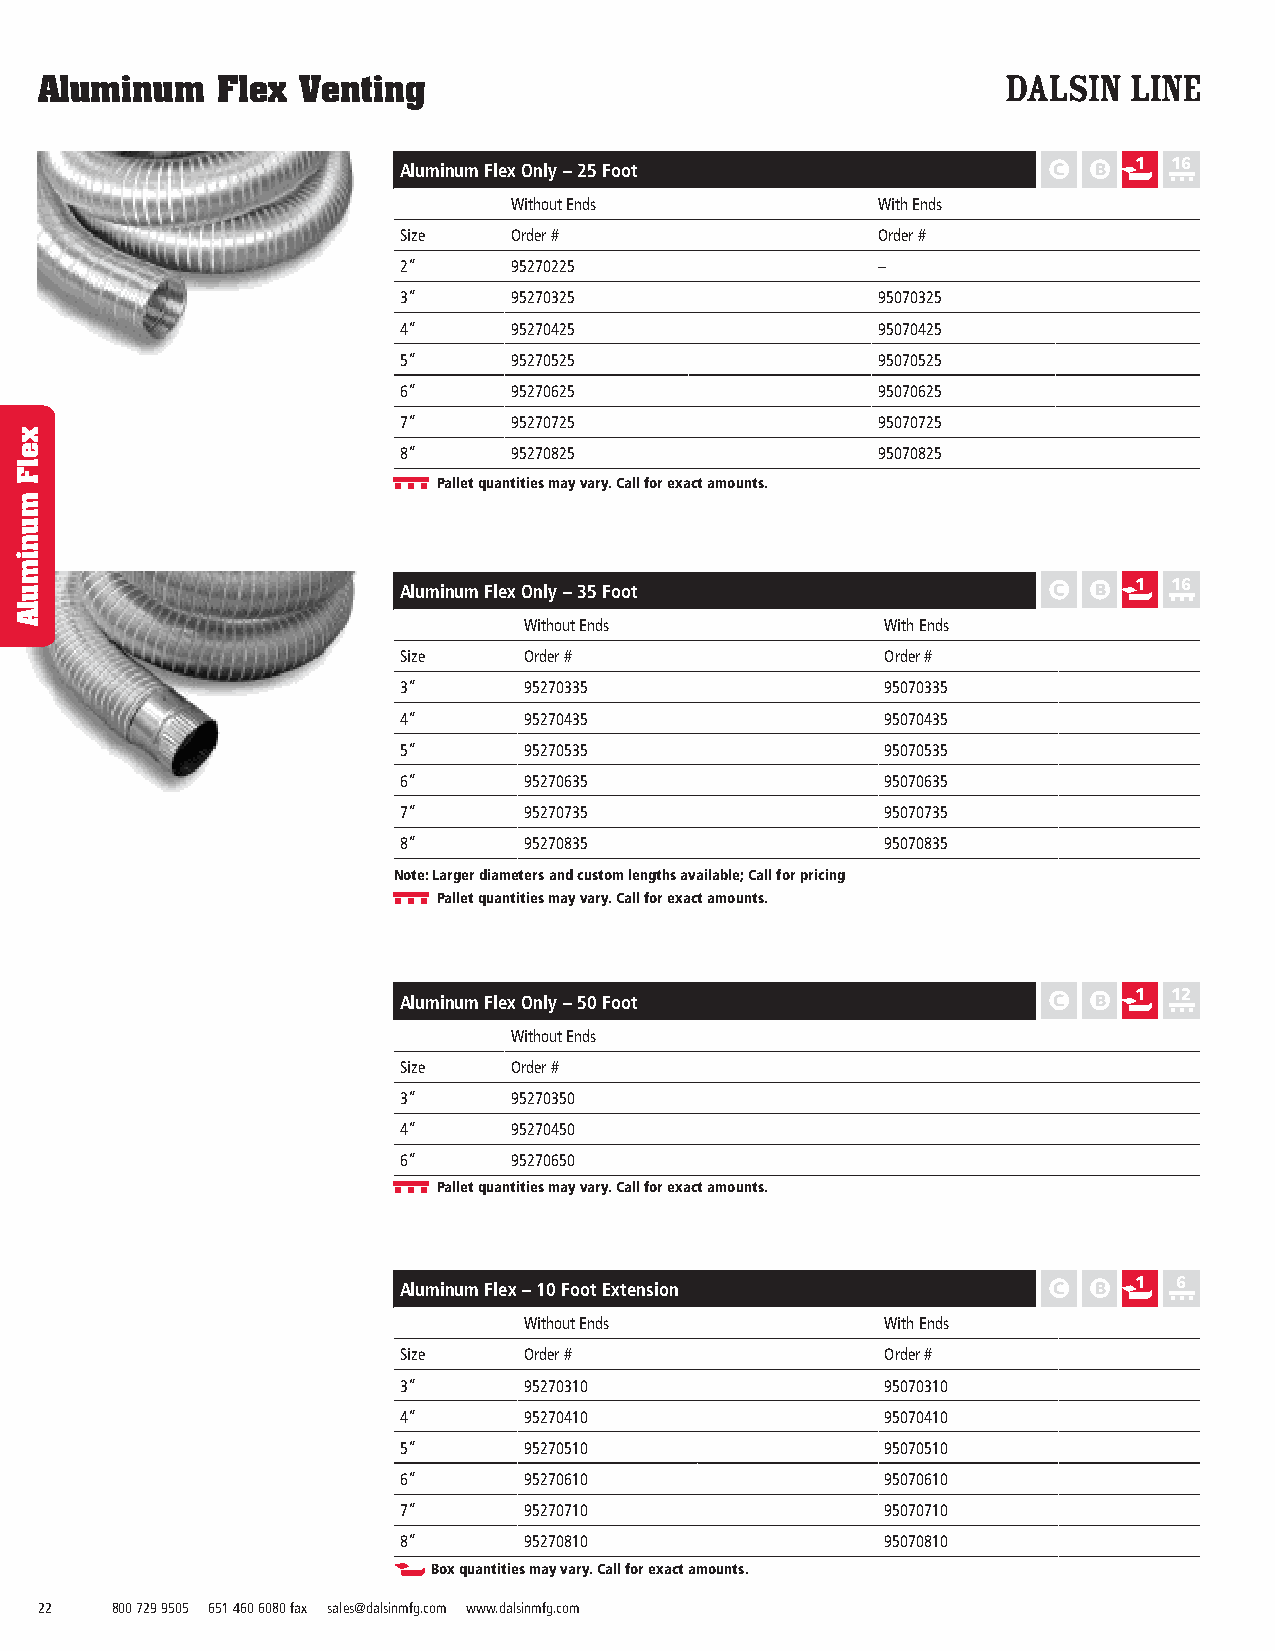
Aluminum    Flex  Venting
 Aluminum Flex Only – 25 Foot                     1  16
 Without Ends            With Ends
 Size    Order #                 Order #
 2”      95270225                –
 3”      95270325                95070325
 4”      95270425                95070425
 5”      95270525                95070525
 6”      95270625                95070625
 7”      95270725                95070725
 8”      95270825                95070825
 Pallet quantities may vary. Call for exact amounts.
 1  16
 Aluminum Flex Only – 35 Foot
 Without Ends            With Ends
 Size     Order #                 Order #
 3”       95270335                95070335
 4”       95270435                95070435
 5”       95270535                95070535
 6”       95270635                95070635
 7”       95270735                95070735
 8”       95270835                95070835
 Note: Larger diameters and custom lengths available; Call for pricing
 Pallet quantities may vary. Call for exact amounts.
 1  12
 Aluminum Flex Only – 50 Foot
 Without Ends
 Size    Order #
 3”      95270350
 4”      95270450
 6”      95270650
 Pallet quantities may vary. Call for exact amounts.
 1  6
 Aluminum Flex – 10 Foot Extension
 Without Ends            With Ends
 Size     Order #                 Order #
 3”       95270310                95070310
 4”       95270410                95070410
 5”       95270510                95070510
 6”       95270610                95070610
 7”       95270710                95070710
 8”       95270810                95070810
 Box quantities may vary. Call for exact amounts.
 22   800 729 9505 651 460 6080 fax sales@dalsinmfg.com www.dalsinmfg.com
 xelF
 munimulA